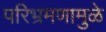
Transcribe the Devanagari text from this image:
परिभ्रमणामुळे